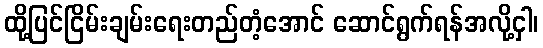
ထို့ပြင်ငြိမ်းချမ်းရေးတည်တံ့အောင် ဆောင်ရွက်ရန်အလို့ငှါ၊